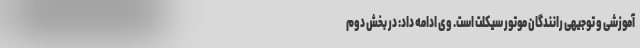
آموزشی و توجیهی رانندگان موتور سیکلت است. وی ادامه داد: در بخش دوم